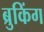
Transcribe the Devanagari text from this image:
ब्रुकिंग